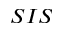
S I S